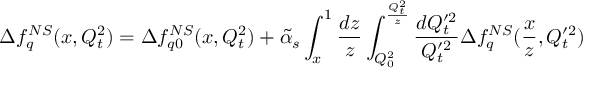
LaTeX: \Delta f _ { q } ^ { N S } ( x , Q _ { t } ^ { 2 } ) = \Delta f _ { q 0 } ^ { N S } ( x , Q _ { t } ^ { 2 } ) + \tilde { \alpha } _ { s } \int _ { x } ^ { 1 } { \frac { d z } { z } } \int _ { Q _ { 0 } ^ { 2 } } ^ { { \frac { Q _ { t } ^ { 2 } } { z } } } { \frac { d Q _ { t } ^ { \prime 2 } } { Q _ { t } ^ { \prime 2 } } } \Delta f _ { q } ^ { N S } ( { \frac { x } { z } } , Q _ { t } ^ { \prime 2 } )